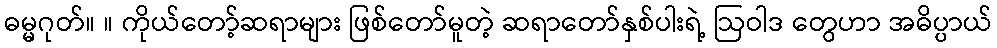
ဓမ္မဂုတ်။ ။ ကိုယ်တော့်ဆရာများ ဖြစ်တော်မူတဲ့ ဆရာတော်နှစ်ပါးရဲ့ ဩဝါဒ တွေဟာ အဓိပ္ပာယ်